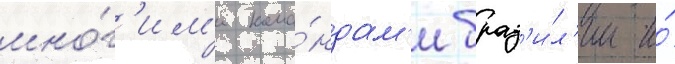
мно́г'им'и кома́ндам'и браз'и́л'ии и́